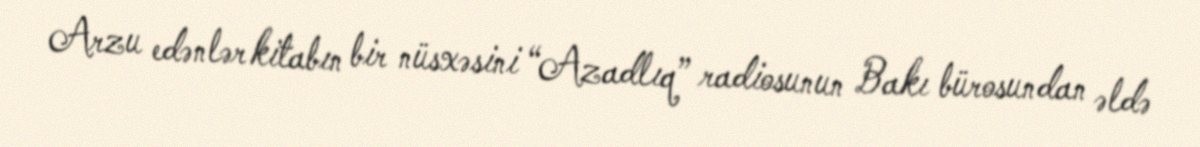
Arzu edənlər kitabın bir nüsxəsini “Azadlıq” radiosunun Bakı bürosundan əldə